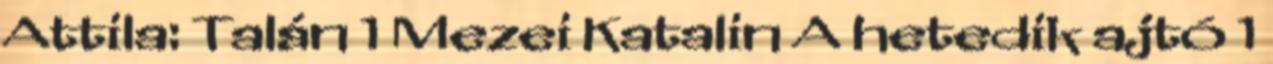
Attila: Talán 1 Mezei Katalin A hetedik ajtó 1